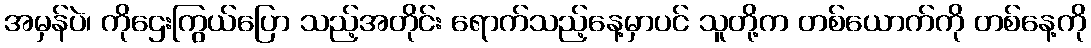
အမှန်ပဲ၊ ကိုဌေးကြွယ်ပြော သည့်အတိုင်း ရောက်သည့်နေ့မှာပင် သူတို့က တစ်ယောက်ကို တစ်နေ့ကို